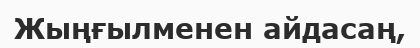
Жыңғылменен айдасаң,